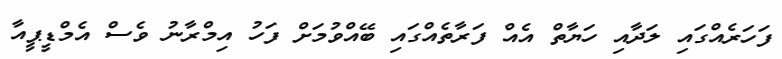
ފަހަރެއްގައި ލަދާއި ހަޔާތް އެއް ފަރާތެއްގައި ބޭއްވުމަށް ފަހު އިމްރާނު ވެސް އެމްޑީޕީއާ